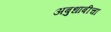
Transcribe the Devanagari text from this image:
अबुधाबीचा